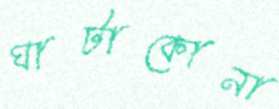
ঘাটাকোনা